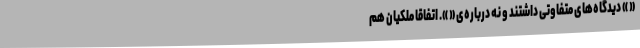
« » دیدگاه‌های متفاوتی داشتند و نه درباره‌ی « ». اتفاقاً ملکیان هم